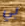
بي